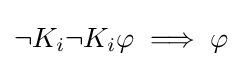
\neg K_{i}\neg K_{i}\varphi \implies \varphi